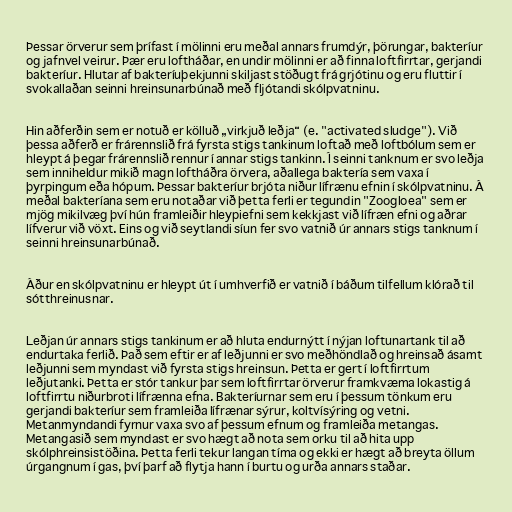
Þessar örverur sem þrífast í mölinni eru meðal annars frumdýr, þörungar, bakteríur
og jafnvel veirur. Þær eru loftháðar, en undir mölinni er að finna loftfirrtar, gerjandi
bakteríur. Hlutar af bakteríuþekjunni skiljast stöðugt frá grjótinu og eru fluttir í
svokallaðan seinni hreinsunarbúnað með fljótandi skólpvatninu.

Hin aðferðin sem er notuð er kölluð „virkjuð leðja“ (e. "activated sludge"). Við
þessa aðferð er frárennslið frá fyrsta stigs tankinum loftað með loftbólum sem er
hleypt á þegar frárennslið rennur í annar stigs tankinn. Í seinni tanknum er svo leðja
sem inniheldur mikið magn loftháðra örvera, aðallega baktería sem vaxa í
þyrpingum eða hópum. Þessar bakteríur brjóta niður lífrænu efnin í skólpvatninu. Á
meðal bakteríana sem eru notaðar við þetta ferli er tegundin "Zoogloea" sem er
mjög mikilvæg því hún framleiðir hleypiefni sem kekkjast við lífræn efni og aðrar
lífverur við vöxt. Eins og við seytlandi síun fer svo vatnið úr annars stigs tanknum í
seinni hreinsunarbúnað.

Áður en skólpvatninu er hleypt út í umhverfið er vatnið í báðum tilfellum klórað til
sótthreinusnar.

Leðjan úr annars stigs tankinum er að hluta endurnýtt í nýjan loftunartank til að
endurtaka ferlið. Það sem eftir er af leðjunni er svo meðhöndlað og hreinsað ásamt
leðjunni sem myndast við fyrsta stigs hreinsun. Þetta er gert í loftfirrtum
leðjutanki. Þetta er stór tankur þar sem loftfirrtar örverur framkvæma lokastig á
loftfirrtu niðurbroti lífrænna efna. Bakteríurnar sem eru í þessum tönkum eru
gerjandi bakteríur sem framleiða lífrænar sýrur, koltvísýring og vetni.
Metanmyndandi fyrnur vaxa svo af þessum efnum og framleiða metangas.
Metangasið sem myndast er svo hægt að nota sem orku til að hita upp
skólphreinsistöðina. Þetta ferli tekur langan tíma og ekki er hægt að breyta öllum
úrgangnum í gas, því þarf að flytja hann í burtu og urða annars staðar.